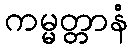
ကမ္မတ္တာနံ